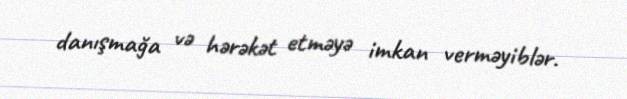
danışmağa və hərəkət etməyə imkan verməyiblər.